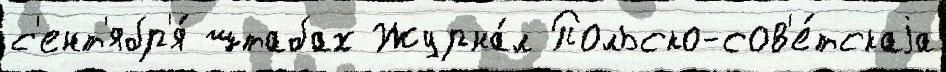
с'ент'ябр'я́ штабах Журна́л Польско-сов'е́тскаjа